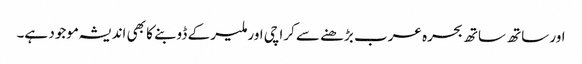
اور ساتھ ساتھ بحرہ عرب بڑھنے سے کراچی اور ملیر کے ڈوبنے کا بھی اندیشہ موجود ہے۔